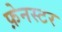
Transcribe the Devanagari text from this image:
फ़ेनस्टर